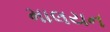
માલયન